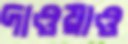
দাওয়াও